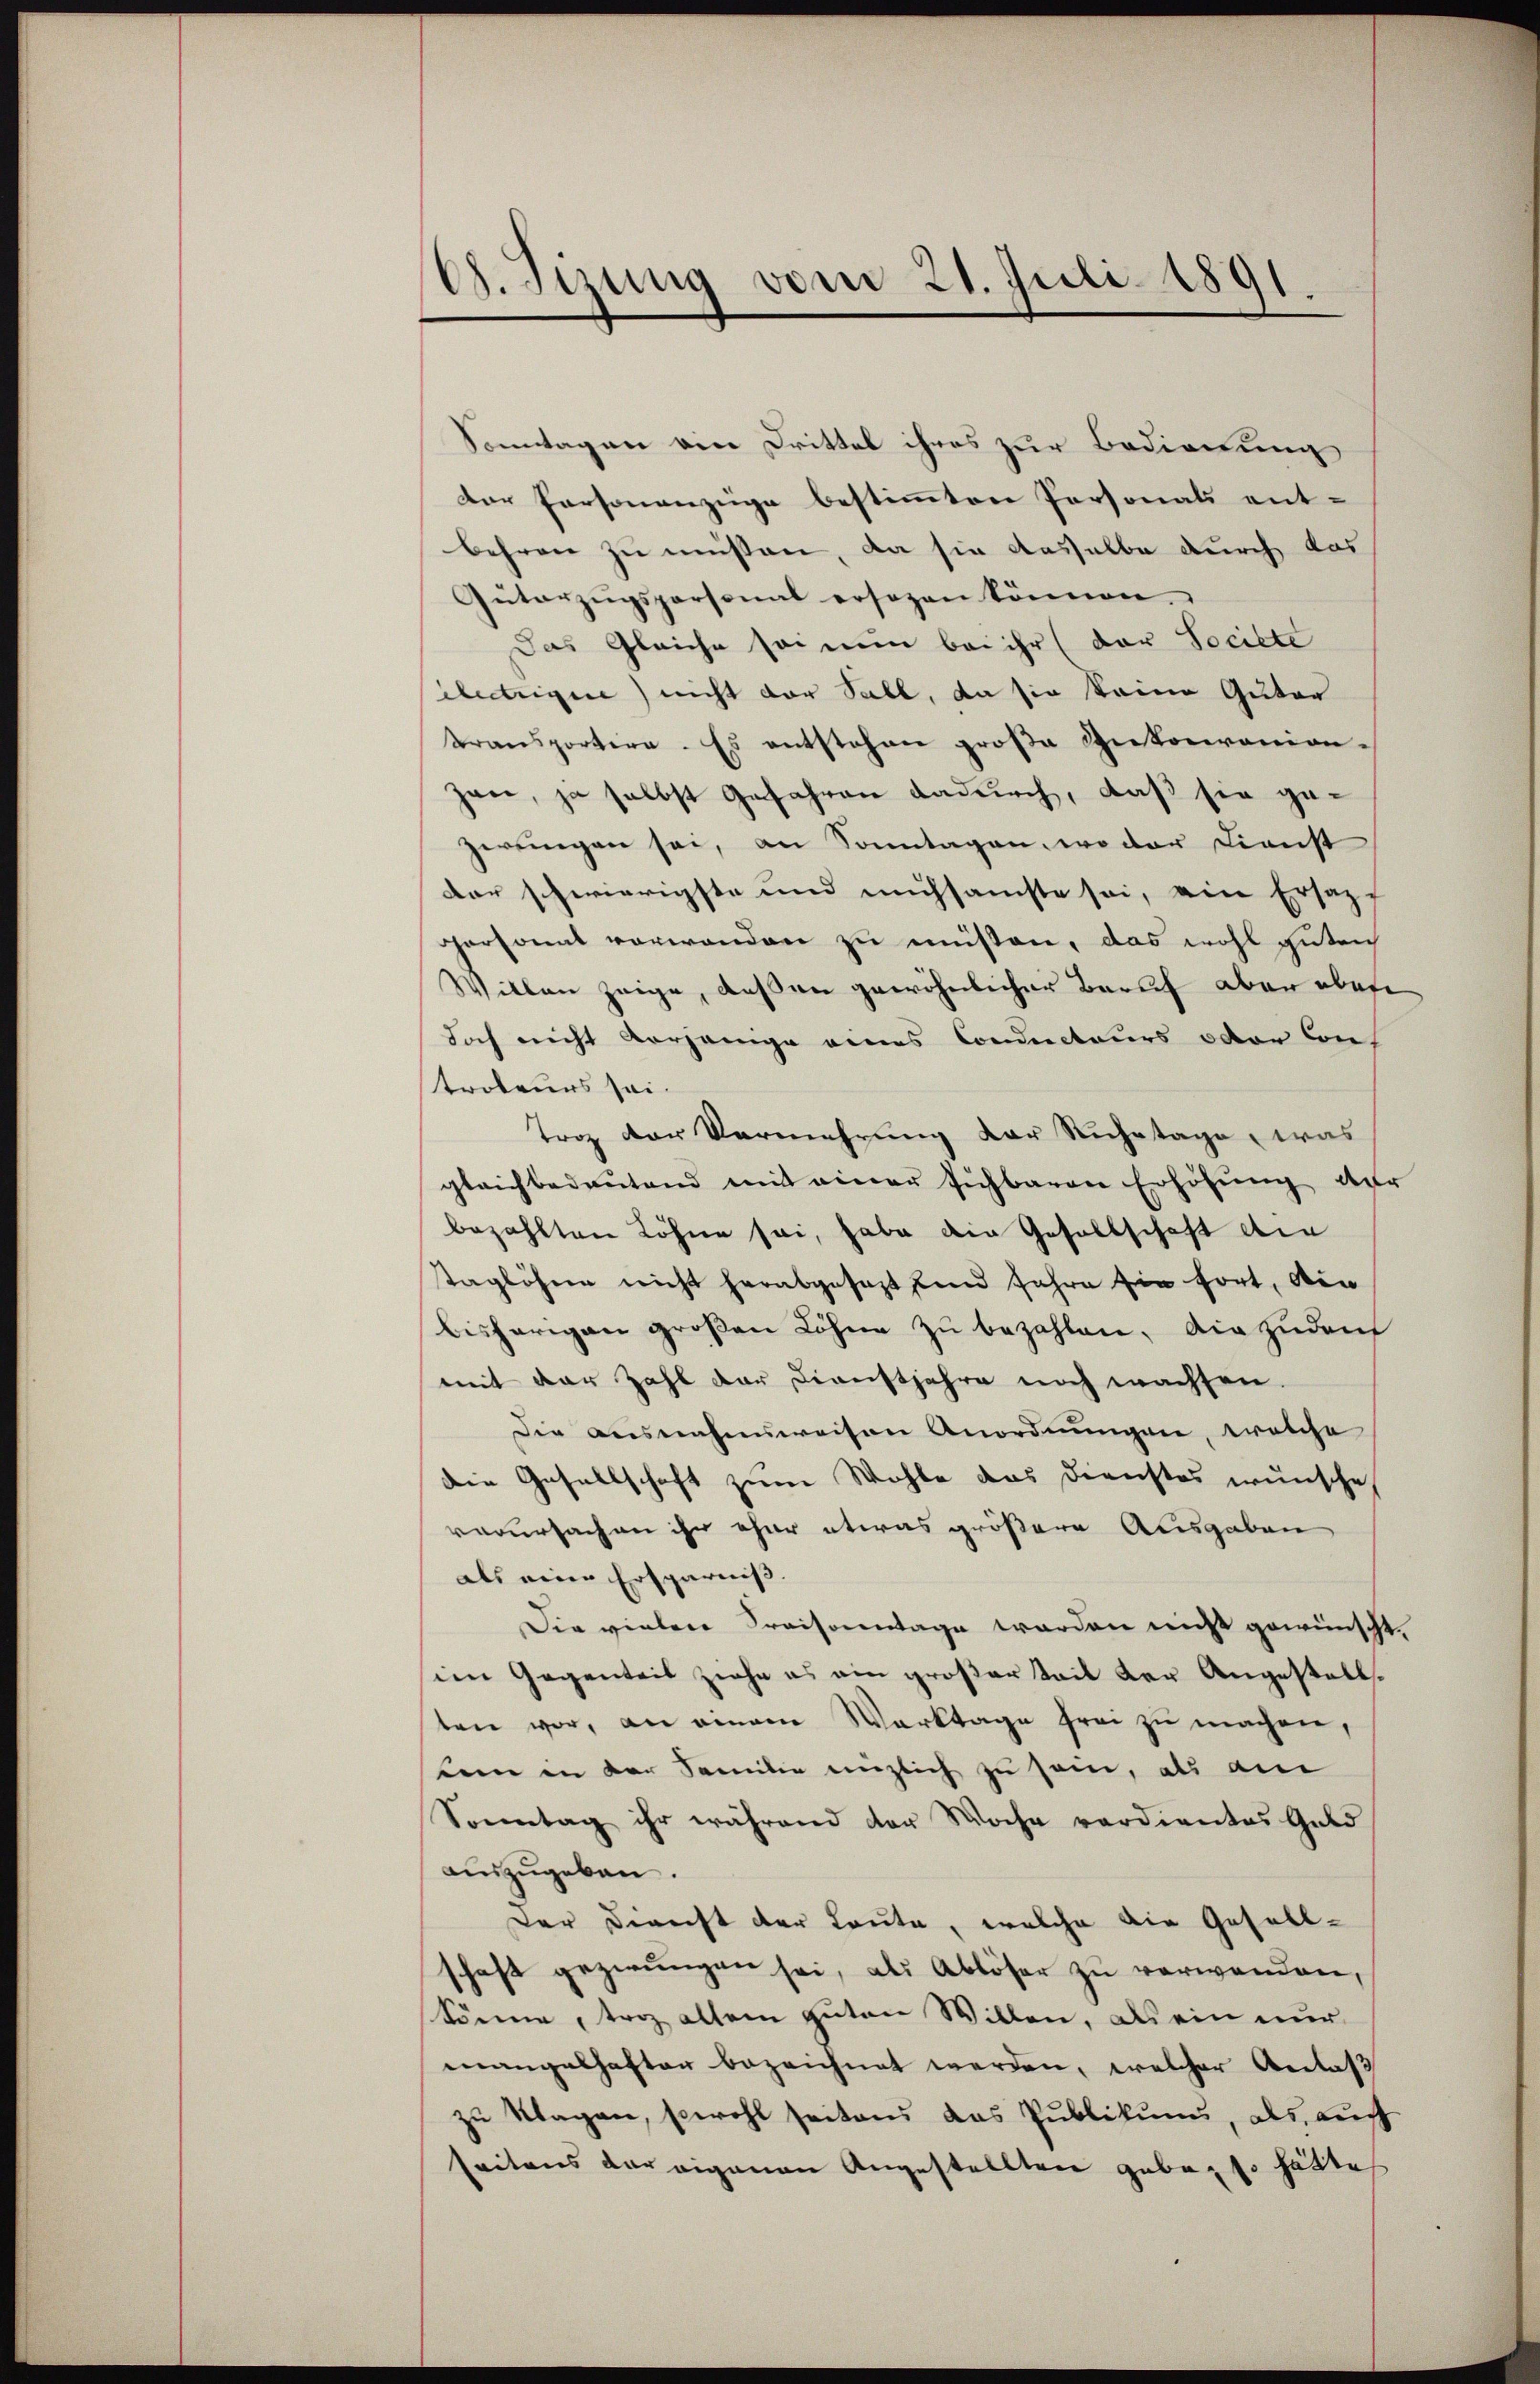
G. Jizung vom 21. Juli 1891.

Sonntagen ein Drittel ihres zur Bedienung
der Personenzüge bestimmten Personals entbehren zu müssen, da sie daselbe durch das
Güterzugspersonat ersezen können.
Das Gleiche sei nun bei ihr (der Societe
ietrigue) nicht der Sall, da sie keine Guter
transportire. Es entstehen große Autorianion-
zan, ja selbst Gefahren dadurch, daß sie gegerungen sei, an Sonntagen, wo der Dienst
der schwierigste und nachsamste sei, ein Ersatzf
personal vorwanden zu müsten, das wohl guten
Willen zeige, deßen gewöhnlicher Beruf aber abere
doch nicht vorjenige eines Conducteurs oder Controteurs sei.
trag der Vermehrung der Ruhetage, was
gleichbedeŭtend mit einer sichbaren Erhöhŭng der
bezahlten Löhne sei, habe die Gesellschaft den
taglöhne nicht herabgesagt und Jahre sie fort, die
bisherigen großen Löhne zu bezahlen, einzudauf
mit der Zahl der Dienstjahre noch wachsen.
Die ausnahmsweisen Anordnungen, welche
die Gesellschaft zum Wohle das Dienstes wünsche
verursachen ihr eher etwas größere Ausgaben
als eine Ersparniss.
Die vielen Kraisonntage werden nicht gewünscht.
im Gegenteil ziehe es ein großer Teil der Angestellten vor, an einem Werktage frei zu machen,
kein in der Familie enzlich zu sein, als am
Sonntag ihr während der Woche verdientes Geld
auszugeben.
Der Direcht der Leute, welche die Gesellschaft gezwungen sei, als Ablöser zu verwenden,
könne, trag altem guten Willen, als ein nur
mangelhafter bezeichnet werden, welcher Anlaß
zu Klagen, sowohl seitens das Publikums, als auch
seitens der eigenen Angestellten geben so hätte